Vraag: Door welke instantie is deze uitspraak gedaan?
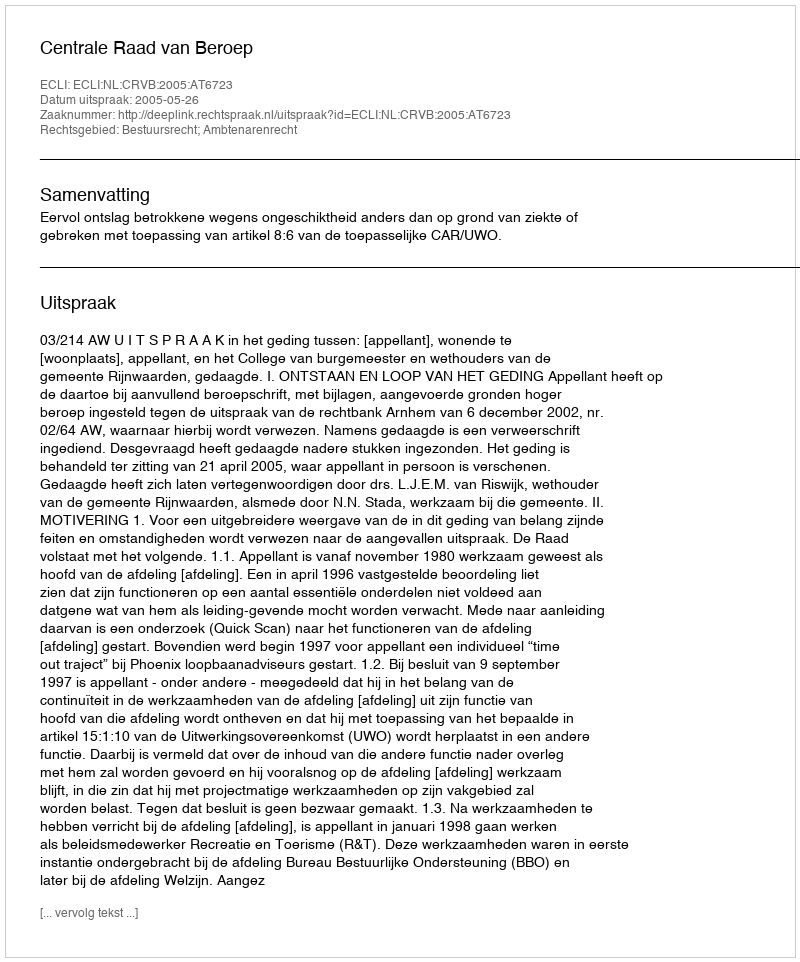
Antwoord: Centrale Raad van Beroep